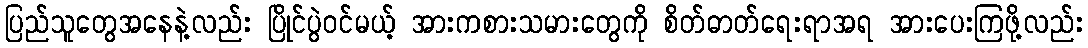
ပြည်သူတွေအနေနဲ့လည်း ပြိုင်ပွဲဝင်မယ့် အားကစားသမားတွေကို စိတ်ဓာတ်ရေးရာအရ အားပေးကြဖို့လည်း